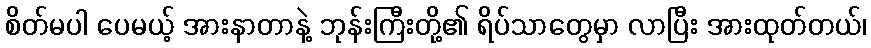
စိတ်မပါ ပေမယ့် အားနာတာနဲ့ ဘုန်းကြီးတို့၏ ရိပ်သာတွေမှာ လာပြီး အားထုတ်တယ်၊